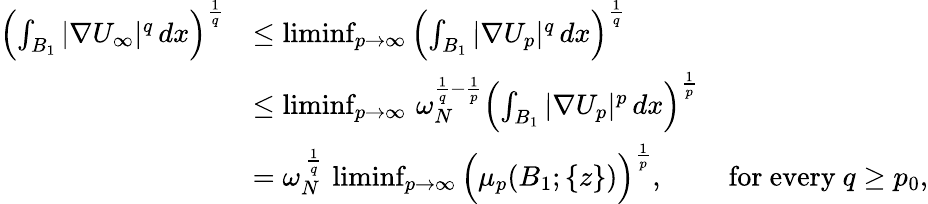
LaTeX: \begin{array}{rl}{\left(\int_{B_{1}}|\nabla U_{\infty}|^{q}\, dx\right)^{\frac{1}{q}}}&{\le\operatorname*{liminf}_{p\to\infty}\left(\int_{B_{1}}|\nabla U_{p}|^{q}\, dx\right)^{\frac{1}{q}}}\\ &{\le\operatorname*{liminf}_{p\to\infty}\, \omega_{N}^{\frac{1}{q}-\frac{1}{p}}\left(\int_{B_{1}}|\nabla U_{p}|^{p}\, dx\right)^{\frac{1}{p}}}\\ &{=\omega_{N}^{\, \frac{1}{q}}\, \operatorname*{liminf}_{p\to\infty}\Big(\mu_{p}(B_{1};\{ z\} )\Big)^{\frac{1}{p}},\qquad\mathrm{~for~every~}q\ge p_{0},}\end{array}